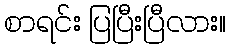
စာရင်း ပြပြီးပြီလား။